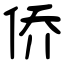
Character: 侨